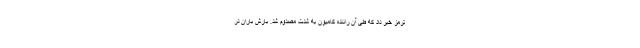
ترمز خبر داد که طی آن راننده کامیون به شدت مصدوم شد. بارش باران در